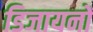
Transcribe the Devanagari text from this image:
डिजायनों